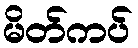
မိတ်ကပ်